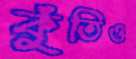
কুঁতিও